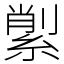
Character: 𦂗